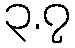
၃.၇